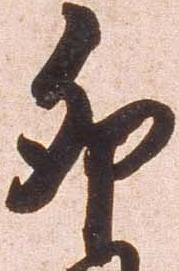
卯